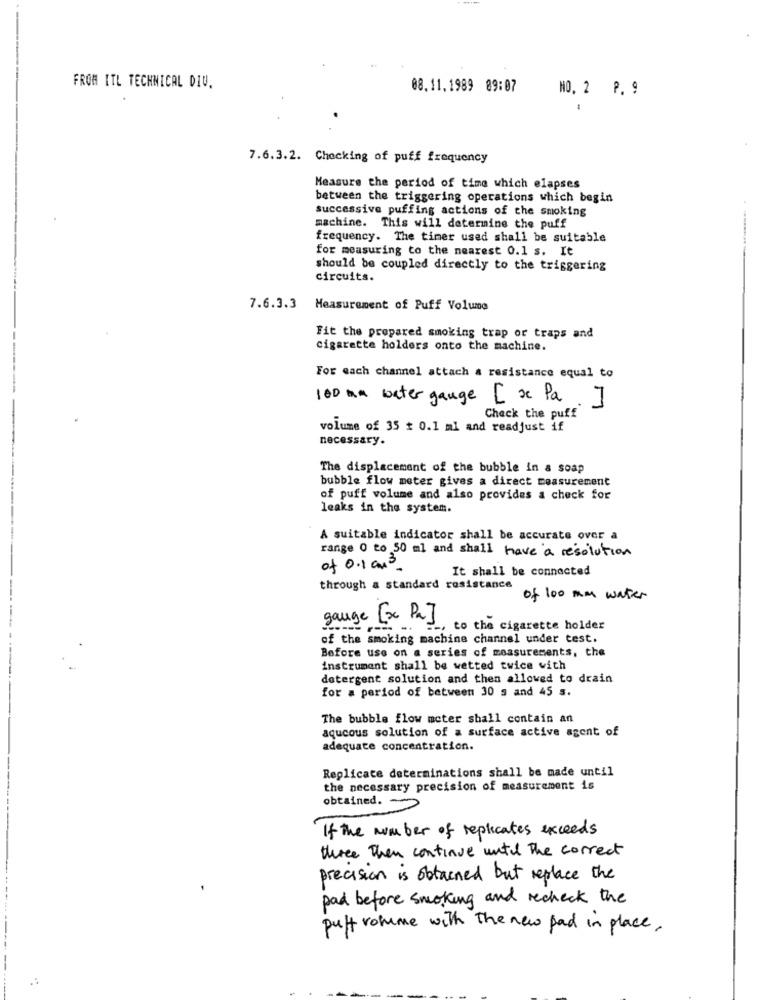
FROM ITL TECHNICAL DIU.
08.11.1989 89:07
NO. 2 P. 9
7.6.3.2. Checking of puff frequency
Measure the period of time which elapses
between the triggering operations which begin
successive puffing actions of the smoking
machine. This will determine the puff
frequency. The timer used shall be suitable
for measuring to the nearest 0.1 s. It
should be coupled directly to the triggering
circuits.
7.6.3.3
Measurement of Puff Volume
Fit the prepared smoking trap or traps and
cigarette holders onto the machine.
For each channel attach a resistance equal to
100 mm bater gauge [ x Pa
M
Check the puff
volume of 35 # 0.1 ml and readjust if
necessary.
The displacement of the bubble in a soap
bubble flow meter gives a direct measurement
of puff volume and also provides a check for
leaks in the system.
A suitable indicator shall be accurate over a
range 0 to 50 ml and shall have a resolution
of 0.1 am3
It shall be connected
through a standard resistance
of 100 mm water
gauge [x P2]
, to the cigarette holder
of the smoking machine channel under test.
Before use on a series of measurements, the
instrument shall be wetted twice with
detergent solution and then allowed to drain
for a period of between 30 s and 45 s.
The bubble flow meter shall contain an
aqucous solution of a surface active agent of
adequate concentration.
Replicate determinations shall be made until
the necessary precision of measurement is
obtained. -
If the number of replicates exceeds
three then continue until the correct
precision is obtained but replace the
pad before smoking and recheck the
puff volume with the new pad in place,